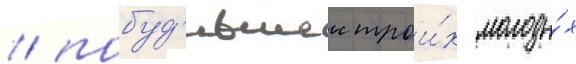
/ побуд'ившеи трои́х молоды́х